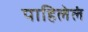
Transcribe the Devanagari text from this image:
पाहिलेलं